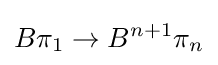
B\pi _{1}\to B^{n+1}\pi _{n}